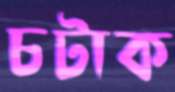
চটাক